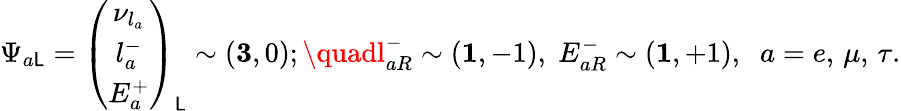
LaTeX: \Psi_{a\mathsf{L}}=\left(\begin{array}{c}{{\nu_{l_{a}}}}\\ {{l_{a}^{-}}}\\ {{E_{a}^{+}}}\end{array}\right)_{\mathsf{L}}\sim({\mathbf{3}},0);\quadl_{aR}^{-}\sim({\mathbf{1}},-1),\; E_{aR}^{-}\sim({\mathbf{1}},+1),\; \; a=e,\, \mu,\, \tau.